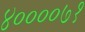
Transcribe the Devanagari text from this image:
४००००७१